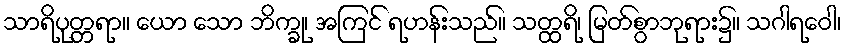
သာရိပုတ္တရာ။ ယော သော ဘိက္ခု၊ အကြင် ရဟန်းသည်။ သတ္ထရိ၊ မြတ်စွာဘုရား၌။ သဂါရဝေါ၊